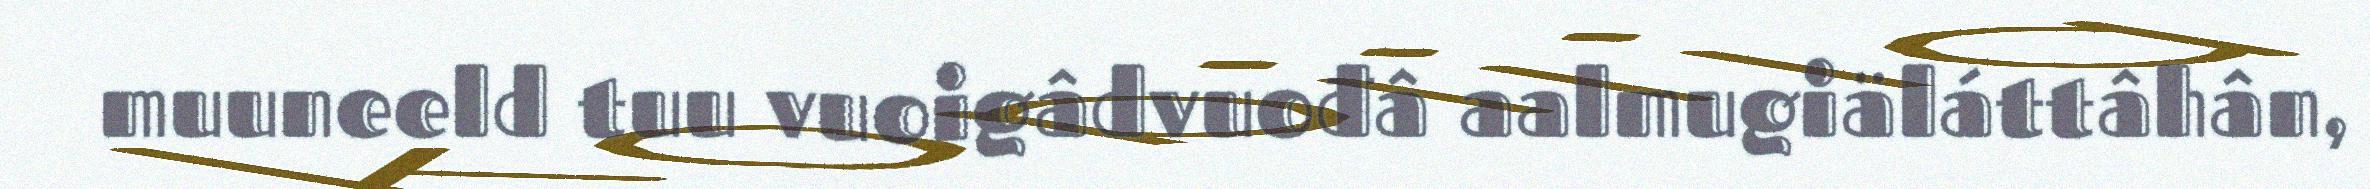
muuneeld tuu vuoigâdvuođâ aalmugiäláttâhân,